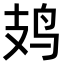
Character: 𫛛